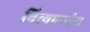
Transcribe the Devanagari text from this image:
नित्यप्रार्थना